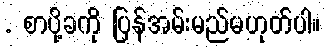
. စာပို့ခကို ပြန်အမ်းမည်မဟုတ်ပါ။